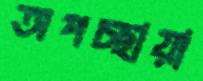
অপচ্ছায়া